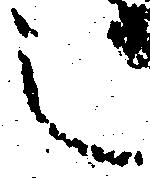
之